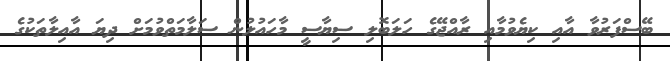
ބޭސްފަރުވާ އާއި ކިޔެވުމާއި ރާއްޖޭގެ ހަލަބޮލި ސިޔާސީ މާހައުލުން ސަލާމަތްވުމަށް ދިޔަ އާއިލާތަކުގެ